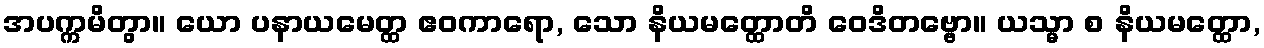
အပက္ကမိတွာ။ ယော ပနာယမေတ္ထ ဧဝကာရော, သော နိယမတ္ထောတိ ဝေဒိတဗ္ဗော။ ယသ္မာ စ နိယမတ္ထော,